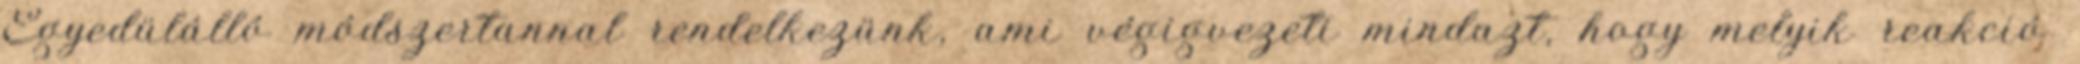
Egyedülálló módszertannal rendelkezünk, ami végigvezeti mindazt, hogy melyik reakció